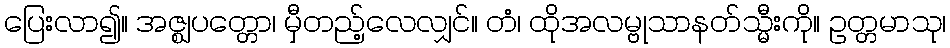
ပြေးလာ၍။ အဇ္ဈပတ္တော၊ မှီတည့်လေလျှင်။ တံ၊ ထိုအလမ္ဗုသာနတ်သ္မီးကို။ ဥတ္တမာသု၊